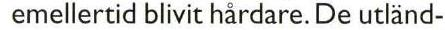
 emellertid blivit hårdare. De utländ-